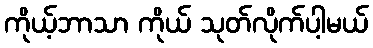
ကိုယ့်ဘာသာ ကိုယ် သုတ်လိုက်ပါ့မယ်